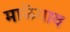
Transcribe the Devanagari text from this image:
माळॆगाव